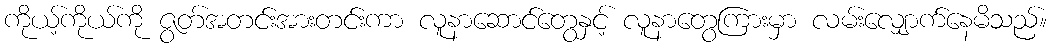
ကိုယ့်ကိုယ်ကို ဇွတ်အတင်းအားတင်းကာ လူနာဆောင်တွေနှင့် လူနာတွေကြားမှာ လမ်းလျှောက်နေမိသည်။